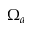
\Omega _ { a }